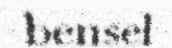
bensel